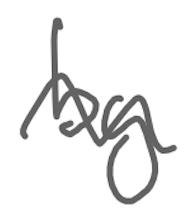
Text: by
Cross-out: wave
Writing tool: digital_gray